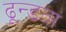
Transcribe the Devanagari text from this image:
ढून्डता